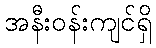
အနီးဝန်းကျင်ရှိ